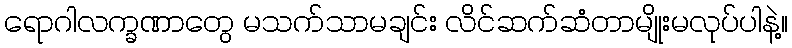
ရောဂါလက္ခဏာတွေ မသက်သာမချင်း လိင်ဆက်ဆံတာမျိုးမလုပ်ပါနဲ့။